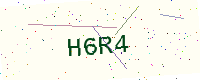
Text: H6R4